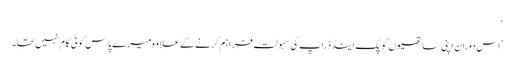
‘
’اس دوران اپنی ساتھیوں کو پک اینڈ ڈراپ کی سہولت فراہم کرنے کےعلاوہ میرے پاس کوئی کام نہیں تھا۔